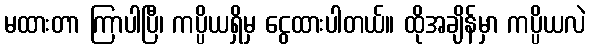
မထားတာ ကြာပါပြီ၊ ကပ္ပိယရှိမှ ငွေထားပါတယ်။ ထိုအချိန်မှာ ကပ္ပိယလဲ